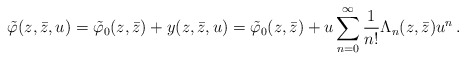
\begin{align*}\tilde{\varphi}(z,\bar{z},u)=\tilde{\varphi}_0(z,\bar{z})+y(z,\bar{z},u)=\tilde{\varphi}_0(z,\bar{z})+u\sum^{\infty}_{n=0}\frac{1}{n!}\Lambda_n(z,\bar{z})u^n\,.\end{align*}